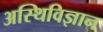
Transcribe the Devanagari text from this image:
अस्थिविज्ञान